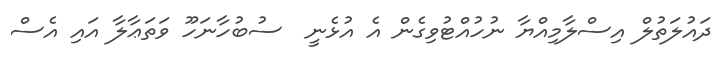
ދައުލަތުލް އިސްލާމިއްޔާ ނުހުއްޓުވިގެން އެ އުޅެނީ  ސުބުހާނަހޫ ވަތަޢާލާ އައި އެސް